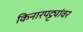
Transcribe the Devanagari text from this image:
किनारपट्ट्यांवर